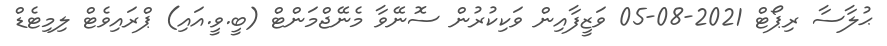
ޙުލާސާ ރިޕޯޓް 2021-08-05 ވަޒީފާއިން ވަކިކުރުން ސޮނޭވާ މެނޭޖްމަންޓް (ބީ.ވީ.އައި) ޕްރައިވެޓް ލިމިޓެޑް